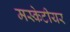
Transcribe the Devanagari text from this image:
मस्केटीयर